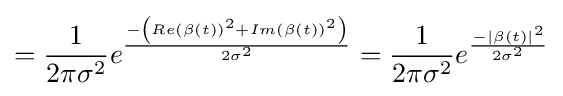
={\frac {1}{2\pi \sigma ^{2}}}e^{\frac {-\left({Re(\beta (t))}^{2}+{Im(\beta (t))}^{2}\right)}{2\sigma ^{2}}}={\frac {1}{2\pi \sigma ^{2}}}e^{\frac {-{\left\vert \beta (t)\right\vert }^{2}}{2\sigma ^{2}}}